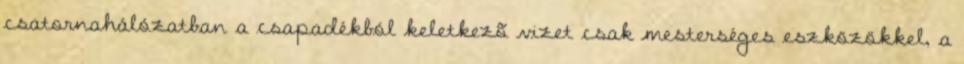
csatornahálózatban a csapadékból keletkezõ vizet csak mesterséges eszközökkel, a